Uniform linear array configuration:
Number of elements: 24
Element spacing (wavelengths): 0.5
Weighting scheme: kaiser
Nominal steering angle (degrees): -45
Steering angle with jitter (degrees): -43.462
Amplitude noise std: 0.05
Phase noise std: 0.05

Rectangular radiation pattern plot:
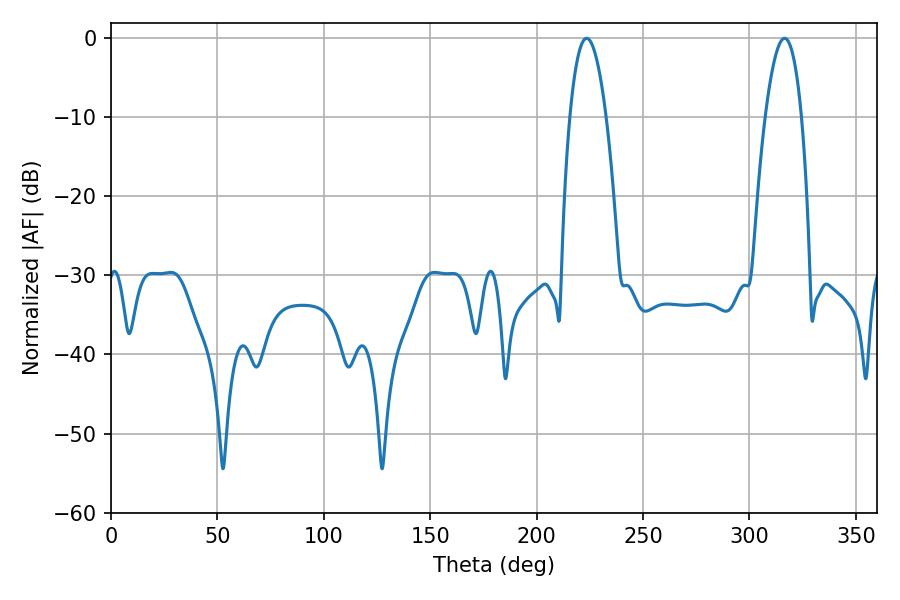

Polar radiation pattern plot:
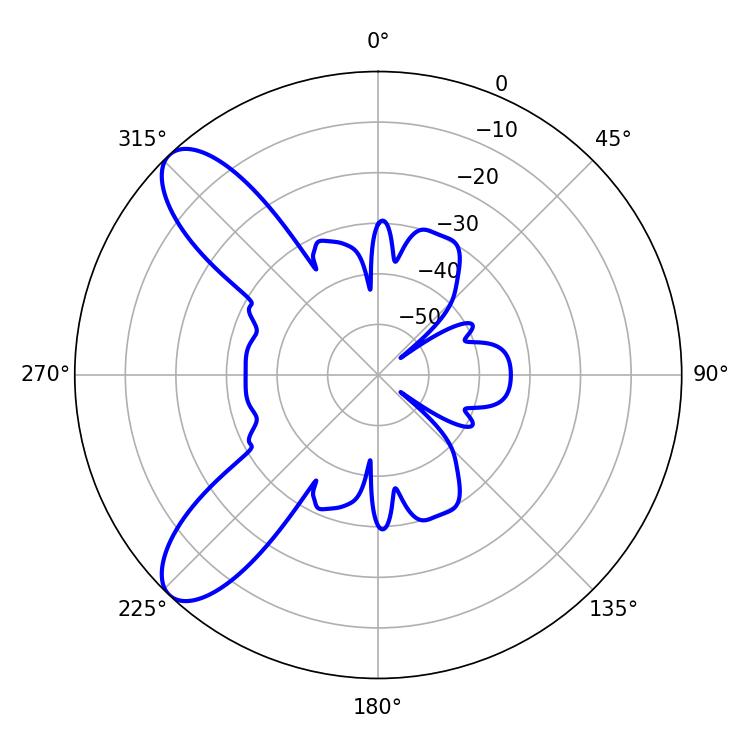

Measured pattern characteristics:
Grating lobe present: FALSE
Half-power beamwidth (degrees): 9.36
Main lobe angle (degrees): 223.56